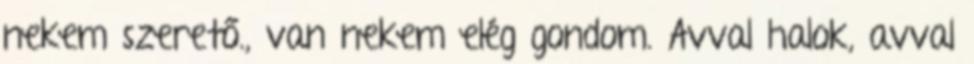
nekem szerető., van nekem elég gondom. Avval halok, avval